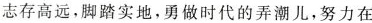
志存高远，脚踏实地，勇做时代的弄潮儿，努力在